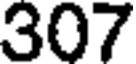
307